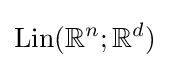
\operatorname {Lin} (\mathbb {R} ^{n};\mathbb {R} ^{d})